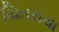
ચિતરાયા